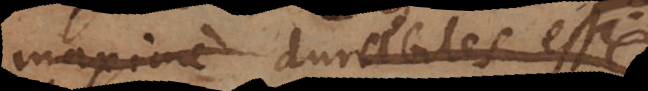
maxime durabiles esse